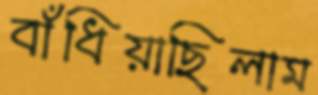
বাঁধিয়াছিলাম